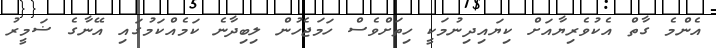
އެންމެ ގާތް އެކުވެރިޔާއަށް ކިޔައިދިނުމަކީ ހިތަށްވެސް ހަމަޖެހުން ލިބިދާނެ ކަމެއްކަމުގައި އޭނާގެ ޟަމީރު